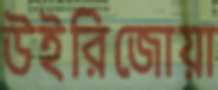
উইরিজোয়া